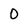
Character: 0